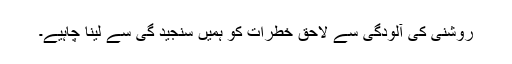
روشنی کی آلودگی سے لاحق خطرات کو ہمیں سنجید گی سے لینا چاہیے۔